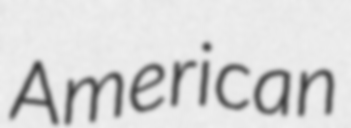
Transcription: American